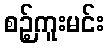
စဉ့်ကူးမင်း